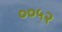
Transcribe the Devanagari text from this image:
००५२